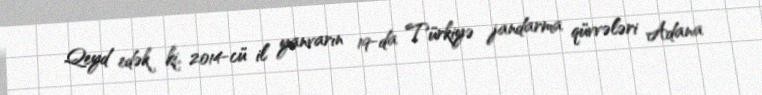
Qeyd edək ki, 2014-cü il yanvarın 19-da Türkiyə jandarma qüvvələri Adana